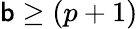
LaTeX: \mathsf{b}\geq(p+1)